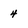
Character: 4